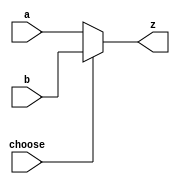
`timescale 1ns / 1ps
//////////////////////////////////////////////////////////////////////////////////
// Company: 
// Engineer: 
// 
// Design Name: 
// Module Name: MUX_2_16bit
// Project Name: 
// Target Devices: 
// Tool Versions: 
// Description: 
// 
// Dependencies: 
// 
// Revision:
// Revision 0.01 - File Created
// Additional Comments:
// 
//////////////////////////////////////////////////////////////////////////////////


module MUX_2_16bit(
    input [15:0]a,
    input [15:0]b,
    input choose,
    output [15:0]z
    );
    assign z= choose ? b : a;

endmodule